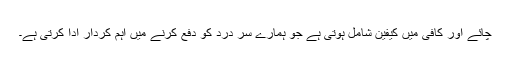
چائے اور کافی میں کیفین شامل ہوتی ہے جو ہمارے سر درد کو دفع کرنے میں اہم کردار ادا کرتی ہے۔